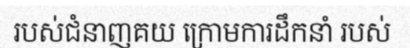
របស់ជំនាញគយ ក្រោមការដឹកនាំ របស់